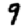
Digit: 9